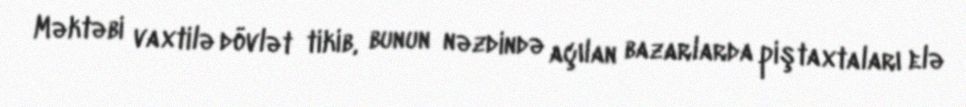
Məktəbi vaxtilə dövlət tikib, bunun nəzdində açılan bazarlarda piştaxtaları elə